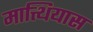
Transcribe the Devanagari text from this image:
मात्थियास